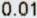
0.01